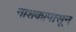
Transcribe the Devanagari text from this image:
नाशकापासून